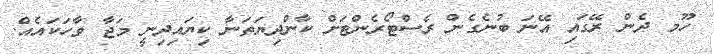
ހޫމ ދެން ރޭގައި އޭނަ ބުނެގެން ރެސްޓޯރެންޓަށް ކާންދިޔަތަނާ ކިޔައިދިނީ މަޖާ ވާހަކައެއް.